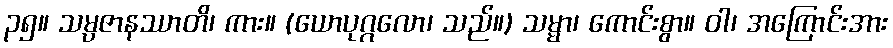
၃၅။ သမ္ပဇာနဿာတိ၊ ကား။ (ယောပုဂ္ဂလော၊ သည်။) သမ္မာ၊ ကောင်းစွာ။ ဝါ၊ အကြောင်းအား